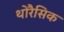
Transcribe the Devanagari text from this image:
थोरैसिक